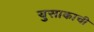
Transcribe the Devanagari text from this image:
युसाकाची